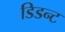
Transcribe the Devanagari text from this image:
डिडन्‍ट